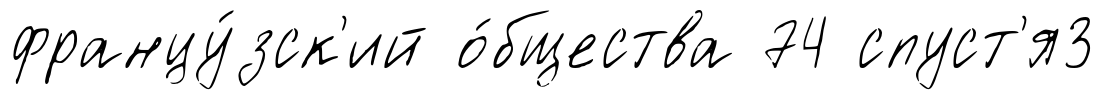
францу́зск'ий о́бщества 74 спуст'я3